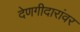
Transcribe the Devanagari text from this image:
देणगीदारांवर